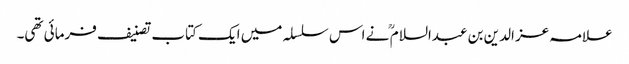
علامہ عز الدین بن عبدالسلام ؒ نے اس سلسلہ میں ایک کتاب تصنیف فرمائی تھی۔